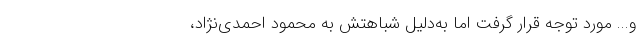
و... مورد توجه قرار گرفت اما به‌دلیل شباهتش به محمود احمدی‌نژاد،